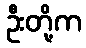
ဦးတို့က